Leaving Certificate Examination (including Day School Certificate (Higher) General paper), 1933
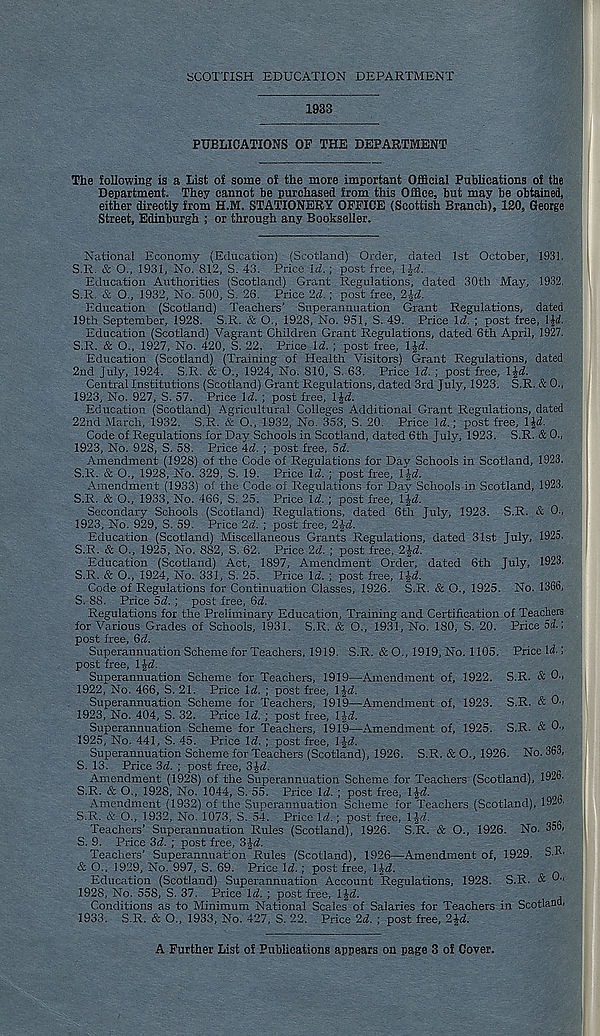
SCOTTISH EDUCATION DEPARTMENT
1933
PUBLICATIONS OP THE DEPARTMENT
The following is a List of some of the more important Official Publications of the
Department. They cannot be purchased from this Office, but may be obtained,
either directly from H.M. STATIONERY OFFICE (Scottish Branch), 120, George
Street, Edinburgh ; or through any Bookseller.
National Economy (Education) (Scotland) Order, dated 1st October, 1931.
S.R. & O., 1931, No. 812, S. 43. Price Id.; post free, IJrf.
Education Authorities (Scotland) Grant Regulations, dated 30th May, 1932.
S.R. & O., 1932, No. 500, S. 26. Price 2d.; post free, 2^1.
Education (Scotland) Teachers’ Superannuation Grant Regulations, dated
19th September, 1928. S.R. & O., 1928, No. 951, S. 49. Price \d. ; post free, \\d.
Education (Scotland) Vagrant Children Grant Regulations, dated 6th April, 1927.
S.R. & O., 1927, No. 420, S. 22. Price Id. ; post free, IJrf.
Education (Scotland) (Training of Health Visitors) Grant Regulations, dated
2nd July, 1924. S.R. & O., 1924, No. 810, S. 63. Price \d. ; post free, l^d.
Central Institutions (Scotland) Grant Regulations, dated 3rd July, 1923. S.R. & 0.,
1923, No. 927, S. 57. Price \d. ; post free, l%d.
Education (Scotland) Agricultural Colleges Additional Grant Regulations, dated
22nd March, 1932. S.R. & O., 1932, No. 353, S. 20. Price U.; post free, lid.
Code of Regulations for Day Schools in Scotland, dated 6th July, 1923. S.R. & 0.,
1923, No. 928, S. 58. Price id. ; post free, 5d.
Amendment (1928) of the Code of Regulations for Day Schools in Scotland, 1923.
S.R. & O., 1928, No. 329, S. 19. Price Id. ; post free, lid.
Amendment (1933) of the Code of Regulations for Day Schools in Scotland, 1923.
S.R. & O., 1933, No. 466, S. 25. Price Id. ; post free, lijkf.
Secondary Schools (Scotland) Regulations, dated 6th July, 1923. S.R. & 0.,
1923, No. 929, S. 59. Price 2d. ; post free,
Education (Scotland) Miscellaneous Grants Regulations, dated 31st July, 1925.
S.R. & O., 1925, No. 882, S. 62. Price 2d. ; post free, 2ld.
Education (Scotland) Act, 1897, Amendment Order, dated 6th July, 1923.
S.R. & O., 1924, No. 331, S. 25. Price Id. ; post free, lid.
Code of Regulations for Continuation Classes, 1926. S.R. & O., 1925. No. 1366,
S. 88. Price 5d. ; post free, 6d.
Regulations for the Preliminary Education, Training and Certification of Teachers
for Various Grades of Schools, 1931. S.R. & O., 1931, No. 180, S. 20. Price 5d.;
post free, 6d.
Superannuation Scheme for Teachers, 1919. S.R. & O., 1919, No. 1105. Price W-1
post free, lid.
Superannuation Scheme for Teachers, 1919—Amendment of, 1922. S.R. & 0"
1922, No. 466, S. 21. Price Id. ; post free, lid.
Superannuation Scheme for Teachers, 1919—Amendment of, 1923. S.R. & 0.,
1923, No. 404, S. 32. Price Id. ; post free, I Id.
Superannuation Scheme for Teachers, 1919—Amendment of, 1925. S.R. & 0-’
1925, No. 441, S. 45. Price Id. ; post free, 1 id.
Superannuation Scheme for Teachers (Scotland), 1926. S.R. &0., 1926. No. 363,
S. 13. Price 3d. ; post free, 3ld.
Amendment (1928) of the Superannuation Scheme for Teachers (Scotland), 1926.
S.R. & O., 1928, No. 1044, S. 55. Price Id. ; post free, lid.
Amendment (1932) of the Superannuation Scheme for Teachers (Scotland), 19- b '
S.R. & O., 1932, No. 1073, S. 54. Price Id.; post free, lid.
Teachers’ Superannuation Rules (Scotland), 1926. S.R. & O., 1926. No. 356,
S. 9. Price 3d. ; post free, 3ld.
Teachers’ Superannuapon Rules (Scotland), 1926—Amendment of, 1929. S.K.
& O., 1929, No. 997, S. 69. Price Id. ; post free, lid.
Education (Scotland) Superannuation Account Regulations, 1928. S.R. &
1928, No. 558, S. 37. Price Id. ; post free, lid.
Conditions as to Minimum National Scales of Salaries for Teachers in Scotland.
1933. S.R. & O., 1933, No. 427, S. 22. Price 2d. ; post free,
A Further List o! Publications appears on page 3 of Cover.